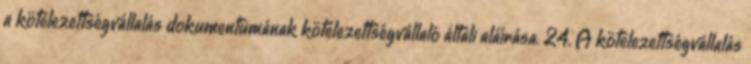
a kötelezettségvállalás dokumentumának kötelezettségvállaló általi aláírása. 24. A kötelezettségvállalás